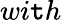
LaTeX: wi\mathtt{t}h